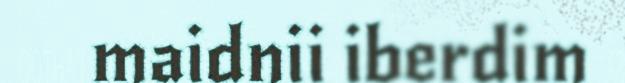
maidnii iberdim